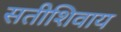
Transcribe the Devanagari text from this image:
सतीशिवाय